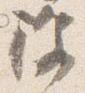
除